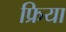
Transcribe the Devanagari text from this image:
फ्रिया